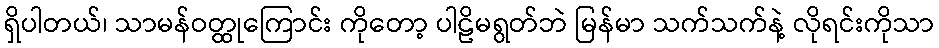
ရှိပါတယ်၊ သာမန်ဝတ္ထုကြောင်း ကိုတော့ ပါဠိမရွတ်ဘဲ မြန်မာ သက်သက်နဲ့ လိုရင်းကိုသာ